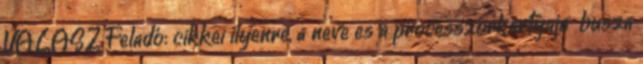
VÁLASZ Feladó: cikkei ilyenre, a neve es a processzorkartyaja busza